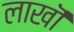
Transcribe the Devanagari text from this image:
लाखॊं